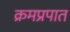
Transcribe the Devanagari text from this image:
क्रमप्रपात